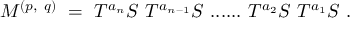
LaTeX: M ^ { ( p , ~ q ) } ~ = ~ T ^ { a _ { n } } S ~ T ^ { a _ { n - 1 } } S ~ . . . . . . ~ T ^ { a _ { 2 } } S ~ T ^ { a _ { 1 } } S ~ .